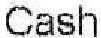
CASH